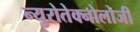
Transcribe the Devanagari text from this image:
न्युरोतेक्नोलोजी